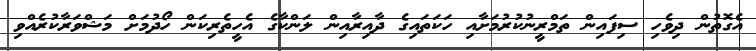
އެގޮތުން ދިވެހި ސިފައިން ތަމްރީނުކުރުމަށާއި ހަކަތައިގެ ދާއިރާއިން ލަންކާގެ އެހީތެރިކަން ހޯދުމަށް މަޝްވަރާކުރެއްވި